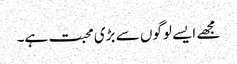
مجھے ایسے لوگوں سے بڑی محبت ہے۔